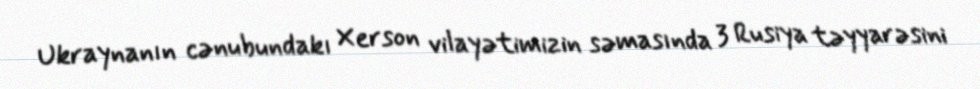
Ukraynanın cənubundakı Xerson vilayətimizin səmasında 3 Rusiya təyyarəsini